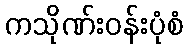
ကသိုဏ်းဝန်းပုံစံ